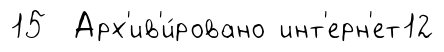
15 Арх'ив'и́ровано инт'ерн'ет12